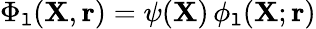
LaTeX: \Phi_{\mathtt{l}}({\mathbf{{X}}},{\mathbf{{r}}})=\psi({\mathbf{{X}}})\, \phi_{\mathtt{l}}({\mathbf{{X}}};{\mathbf{{r}}})